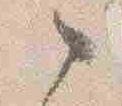
之